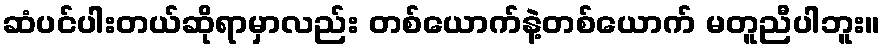
ဆံပင်ပါးတယ်ဆိုရာမှာလည်း တစ်ယောက်နဲ့တစ်ယောက် မတူညီပါဘူး။